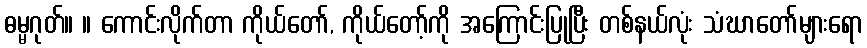
ဓမ္မဂုတ်။ ။ ကောင်းလိုက်တာ ကိုယ်တော်, ကိုယ်တော့်ကို အကြောင်းပြုပြီး တစ်နယ်လုံး သံဃာတော်များရော